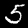
Label: 5